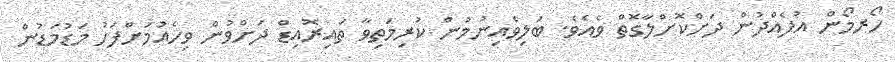
ހޯރމޯން އުފެއްދުން ދަށްކޮށްލާގޮތް ވެއެވެ. ބަލިވެއިނުމުން ކުރިމަތިވާ ތައިރޮއިޑް ދަށްވުން ވިހެއުމަށްފަހު މަޑުމަޑުން